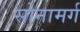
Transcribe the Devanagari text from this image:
सोनामर्ग